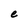
Character: e